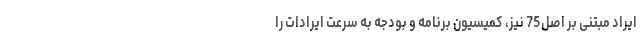
ایراد مبتنی بر اصل75 نیز، کمیسیون برنامه و بودجه به سرعت ایرادات را